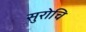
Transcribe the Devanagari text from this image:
सुरोचि